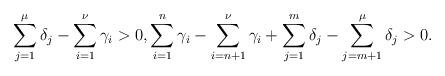
LaTeX: \begin{align*}\sum_{j=1}^{\mu}\delta_{j}-\sum_{i=1}^{\nu}\gamma_{i}>0,\sum_{i=1}^{n}\gamma_{i}-\sum_{i=n+1}^{\nu}\gamma_{i}+\sum_{j=1}^{m}\delta_{j}-\sum_{j=m+1}^{\mu}\delta_{j}>0.\end{align*}